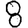
Digit: 8